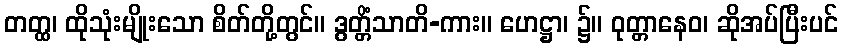
တတ္ထ၊ ထိုသုံးမျိုးသော စိတ်တို့တွင်။ ဒွတ္တိံသာတိ-ကား။ ဟေဋ္ဌာ၊ ၌။ ဝုတ္တာနေဝ၊ ဆိုအပ်ပြီးပင်